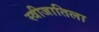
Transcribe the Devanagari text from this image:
स्त्रीजातिला